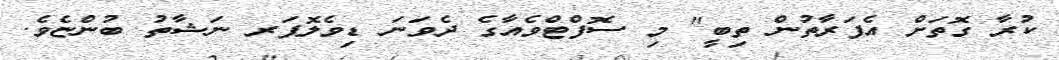
ކުރާ ގޮތަށް އެފަރާތުން ތިބީ" މި ސޮފްޓްވެއާގެ ދެވަނަ ޑިވެލޮޕަރ ނަޝާތު ބުންޏެވެ.